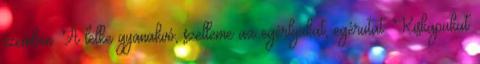
szemben. A lelke gyanakvó, szelleme az egérlyukat, egérutat. Kiskapukat